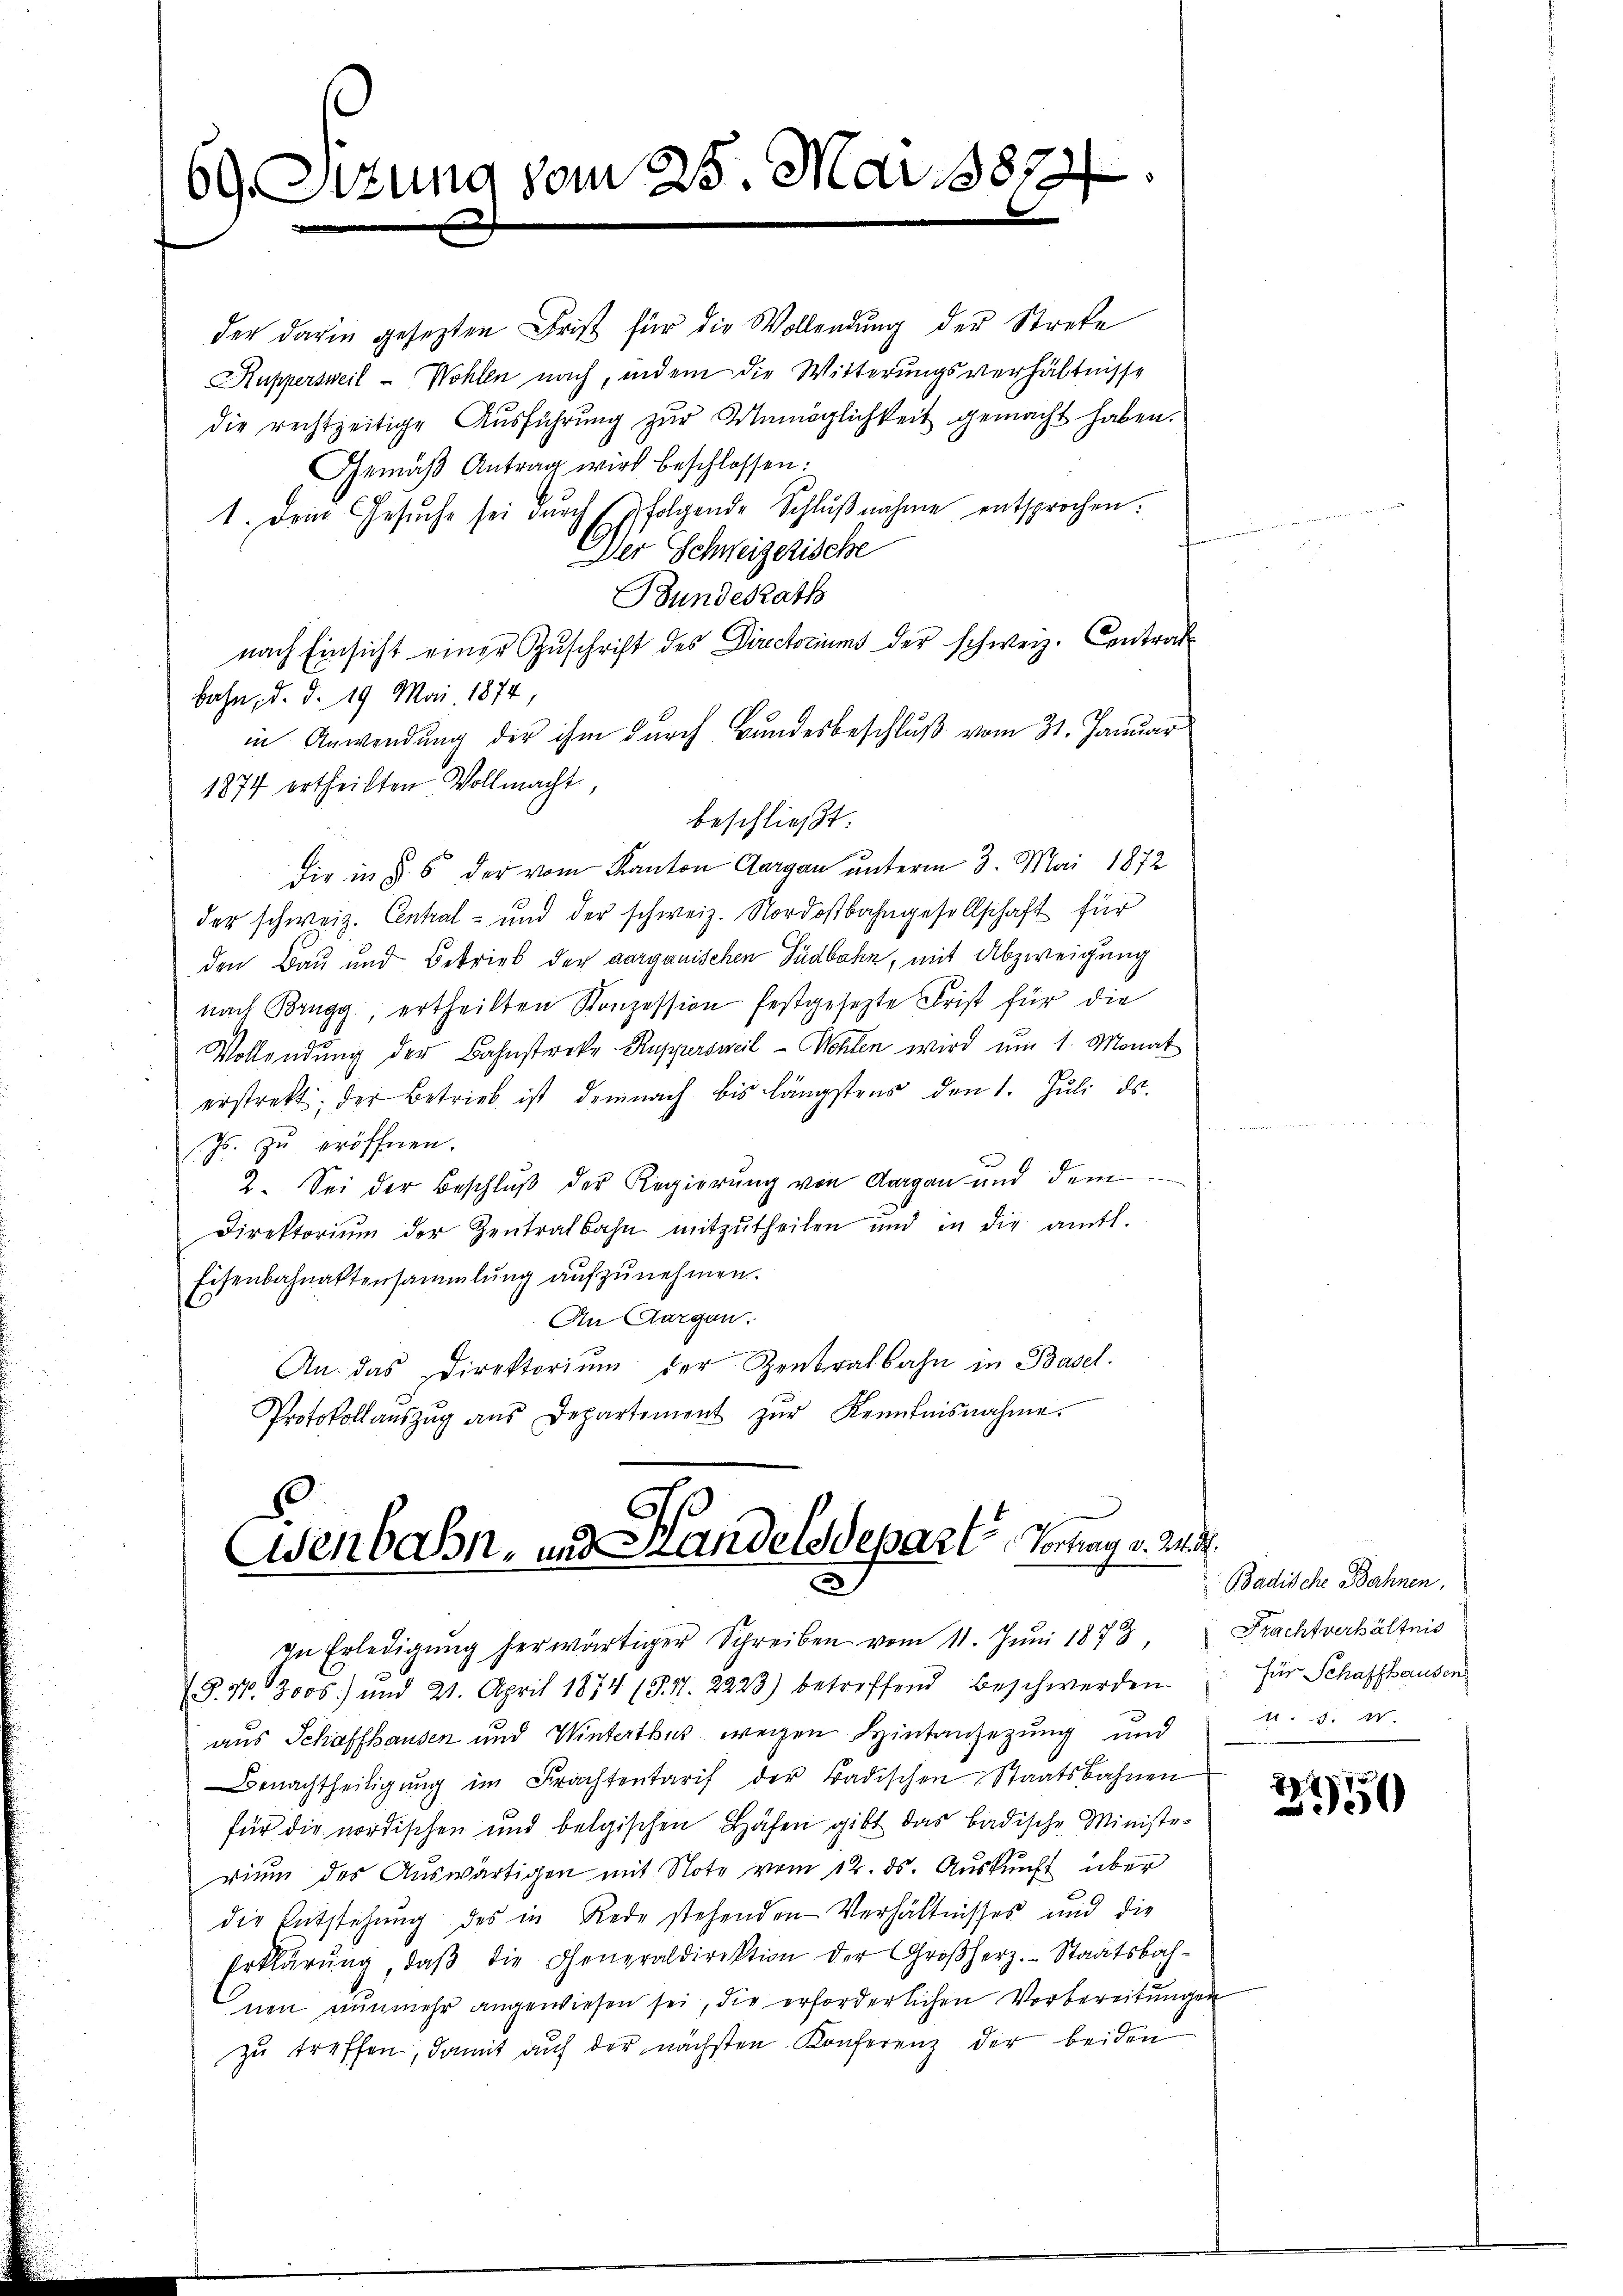
69. Sitzung vom 25. Mai 18872

der darin gesezten Frist für die Wollendŭng der Streke
Ruppersweil - Wohlen nach, indem die Witterungsverhältnisse
die rechtzeitige Ausführung zur Unmöglichkeit gemacht haben.
Gemäβ Antrag wird beschlossen:
1. Dein Gesŭche sei dŭrch folgende Schlŭβnahme entsprochen.
Der Schweizerische
Bunderath
nach Einsicht einer Zuschrift des Directoriums der schweiz. Contrat
bahn, d. d. 19 Mai 1874,
in Anwendung der ihm durch Bundesbeschluß vom 31. Januar
1877 ertheilten Vollmacht,
beschließt:
Die in § 5 der vom Kanton Aargau unterm 3. Mai 1872
der schweiz. Central- und der schweiz. Nordostbahngesellschaft für
den Bau und Betrieb der aarganischen Südbahn, mit Abzweigung
nach Brugg, ertheilten Konzession festgesezte Frist für die
Vollendung der Bahnstreke Kuppersweil - Mohlen wird um 1. Monat
erstrekt, der Betrieb ist demnach bis längstens den 1. Juli ds.
Js. zu eröffnen.
2. Sei der Beschlŭβ der Regierŭng von Aargau und dem
Direktoriŭm der Zentralbahn mitzŭtheilen und in die amtl.
Eisenbahnaktensammlung aufzunehmen.
An Aargau.
An das Direktoriŭm der Zentralbahn in Basel.
Protokollaŭszŭg aŭs Departement zŭr Kenntnisnahme.

Eisenbahn- und Handelsdepart, Sontag v. M.
In Erledigŭng herwärtiger Schreiben vom 11. Jŭni 1873, Frachtverhältnis
1
(G. N. 2000) und 21. April 1874 (S. 41. 2223) betreffend Beschwerden für Schaffhausen

aus Schaffhausen und Winterthut wegen Hintansezung und u. s. w.
Benachtheiligŭng im Frachtentarif der Badischen Staatsbahnen
für die nordischen und belgischen Höhen gibt das badische Ministe-
rium des Auswärtigen mit Note vom 12. ds. Auskunft über
die Entstehung des in Rede stehenden Verhältnisses und die
Erklärung, daß die Generaldirektion der Großherz. Staatsbahnen nunmehr angewiesen sei, die erforderlichen Vorbereitungen
zu treffen, damit auf der nächsten Konferenz der beiden

Badische Bahnen,

2
250